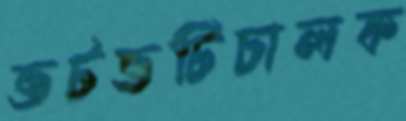
ভটভটিচালক